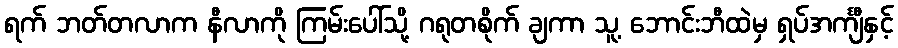
ရက် ဘတ်တလာက နီလာကို ကြမ်းပေါ်သို့ ဂရုတစိုက် ချကာ သူ့ ဘောင်းဘီထဲမှ ရှပ်အင်္ကျီနှင့်